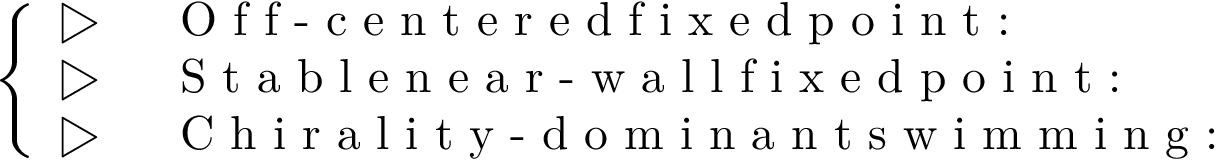
\begin{array} { r } { \left\{ \begin{array} { l l } { \triangleright \, \, } & { \textrm { O f f - c e n t e r e d f i x e d p o i n t : } } \\ { \triangleright \, \, } & { \textrm { S t a b l e n e a r - w a l l f i x e d p o i n t : } } \\ { \triangleright \, \, } & { \textrm { C h i r a l i t y - d o m i n a n t s w i m m i n g : } } \end{array} \right. } \end{array}